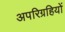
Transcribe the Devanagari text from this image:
अपरिग्रहियों